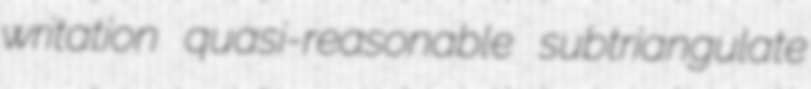
writation quasi-reasonable subtriangulate